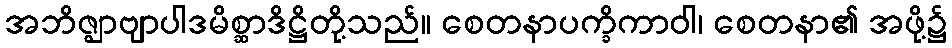
အဘိဇ္ဈာဗျာပါဒမိစ္ဆာဒိဋ္ဌိတို့သည်။ စေတနာပက္ခိကာဝါ၊ စေတနာ၏ အဖို့၌